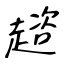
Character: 趦